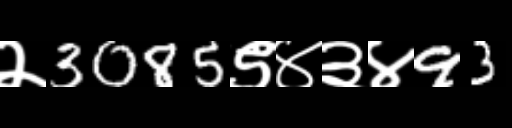
Text: २3085९४३४93